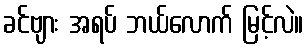
ခင်ဗျား အရပ် ဘယ်လောက် မြင့်လဲ။